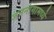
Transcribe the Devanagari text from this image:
जननांगामध्ये